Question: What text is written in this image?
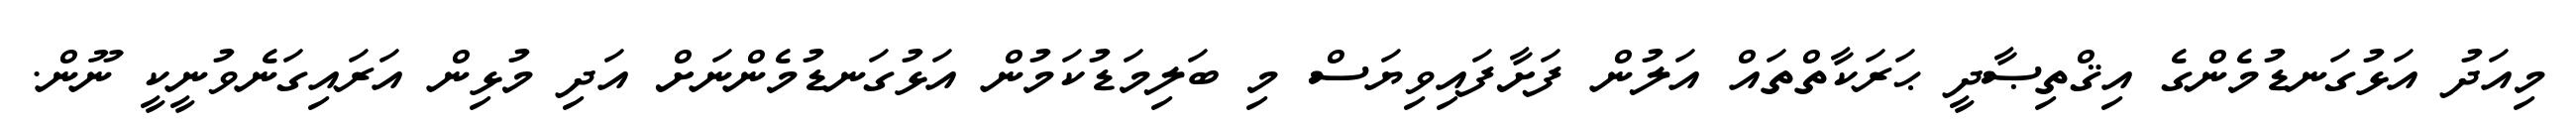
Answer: މިއަދު އަޅުގަނޑުމެންގެ އިޤްތިޞާދީ ޙަރަކާތްތައް އަލުން ފަށާފައިވިޔަސް މި ބަލިމަޑުކަމުން އަޅުގަނޑުމެންނަށް އަދި މުޅިން އަރައިގަނެވުނީކީ ނޫން.